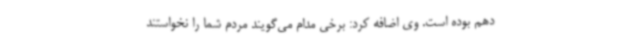
دهم بوده است. وی اضافه کرد: برخی مدام می‌گویند مردم شما را نخواستند